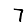
Digit: 7